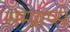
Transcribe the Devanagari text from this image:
सम्प्राप्से